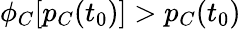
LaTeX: \phi_{C}[p_{C}(t_{0})]>p_{C}(t_{0})